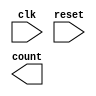
module d_flip_flop(
    input clk,
    input reset,
    output wire [2:0] count
);
    
reg [2:0] d = 0;

always @(posedge clk or negedge reset) begin
    if (reset == 1) begin
        d <= 3'b000;
    end
    else begin
        d <= count + 0;
    end
end

endmodule